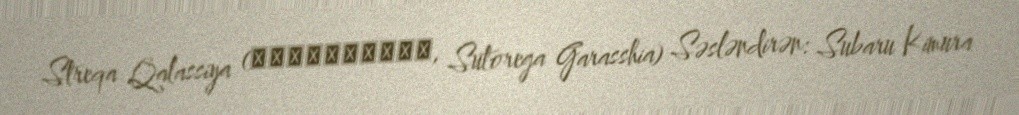
Streqa Qalassiya (ストレガ・ガラッシア, Sutorega Garasshia) Səsləndirən: Subaru Kimura